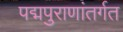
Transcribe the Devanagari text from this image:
पद्मपुराणांतर्गत